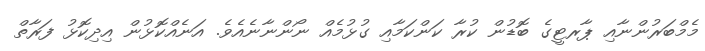
މެމްބަރުންނާއި ޕާރޓީގެ ބޮޑުން ކުރާ ކަންކަމާއި ގުޅުމެއް ނޯންނާނެއެވެ. އަނެއްކޮޅުން އިދިކޮޅު ފަރާތް